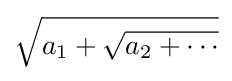
{\sqrt {a_{1}+{\sqrt {a_{2}+\dotsb }}}}